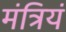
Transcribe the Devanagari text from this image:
मंत्रियं